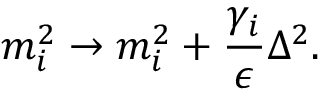
m _ { i } ^ { 2 } \rightarrow m _ { i } ^ { 2 } + \frac { \gamma _ { i } } { \epsilon } \Delta ^ { 2 } .